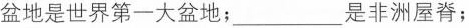
盆地是世界第一大盆地；___是非洲屋脊；